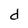
Character: d